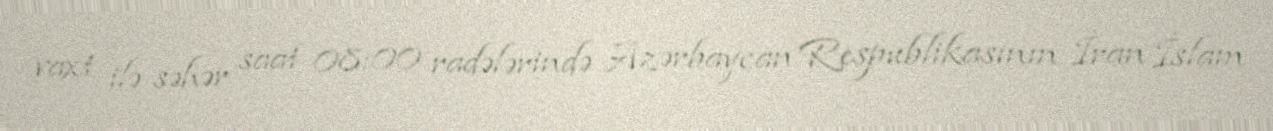
vaxt ilə səhər saat 08:00 radələrində Azərbaycan Respublikasının İran İslam